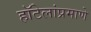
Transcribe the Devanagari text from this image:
हॉटेलांप्रमाणे